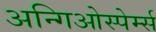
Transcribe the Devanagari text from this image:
अन्गिओस्पेर्म्स